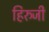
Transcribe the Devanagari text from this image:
हिरुजी